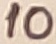
Text: 10